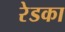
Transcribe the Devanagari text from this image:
रेडका